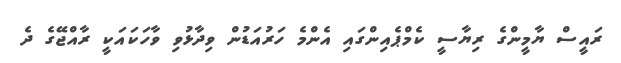
ރައީސް ޔާމީންގެ ރިޔާސީ ކެމްޕެއިންގައި އެންމެ ހަރުއަޑުން ވިދާޅުވި ވާހަކައަކީ ރާއްޖޭގެ ދެ